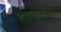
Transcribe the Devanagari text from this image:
कंटशुंडियाँ